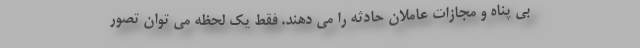
بی پناه و مجازات عاملان حادثه را می دهند. فقط یک لحظه می توان تصور